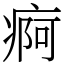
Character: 痾